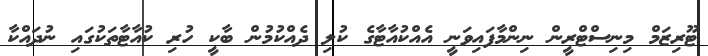
ޓޫރިޒަމް މިނިސްޓްރީން ނިންމާފައިވަނީ އެއްކުއާޓާގެ ކުލި ދެއްކުމުން ބާކީ ހުރި ކުއާޓާތަކުގައި ނުދައްކާ